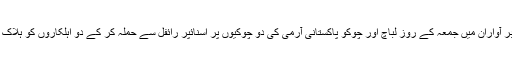
28 اکتوبر آواران میں جمعہ کے روز لباچ اور چوکو پاکستانی آرمی کی دو چوکیوں پر اسنائپر رائفل سے حملہ کر کے دو اہلکاروں کو ہلاک کیا ہے ۔